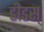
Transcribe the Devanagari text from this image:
डीडस्